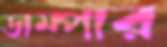
ডাম্পার